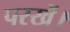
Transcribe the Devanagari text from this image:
परखें।